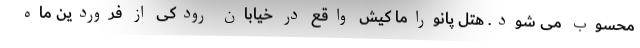
محسوب می شود. هتل پانوراما کیش واقع در خیابان رودکی از فروردین ماه